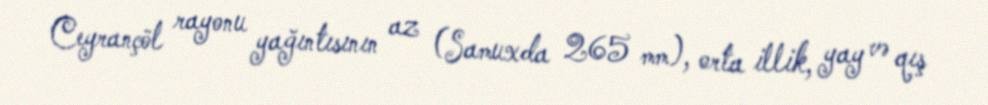
Ceyrançöl rayonu yağıntısının az (Samuxda 265 mm), orta illik, yay və qış